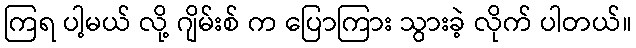
ကြရ ပါ့မယ် လို့ ဂျိမ်းစ် က ပြောကြား သွားခဲ့ လိုက် ပါတယ်။